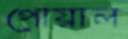
পোয়াল